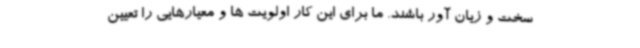
سخت و زیان آور باشند. ما برای این کار اولویت ها و معیارهایی را تعیین